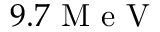
9 . 7 \mathrm { ~ M ~ e ~ V ~ }